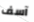
آسف